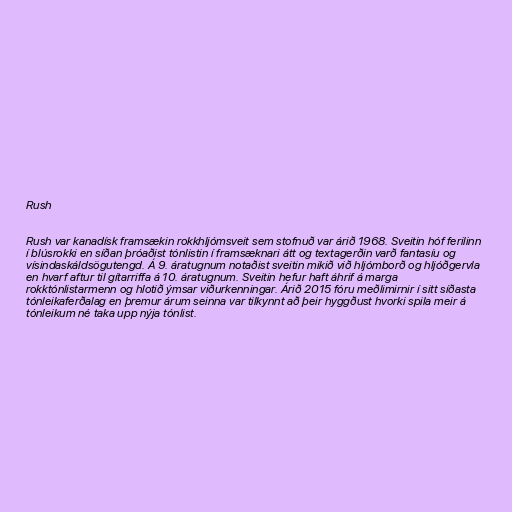
Rush

Rush var kanadísk framsækin rokkhljómsveit sem stofnuð var árið 1968. Sveitin hóf ferilinn
í blúsrokki en síðan þróaðist tónlistin í framsæknari átt og textagerðin varð fantasíu og
vísindaskáldsögutengd. Á 9. áratugnum notaðist sveitin mikið við hljómborð og hljóðgervla
en hvarf aftur til gítarriffa á 10. áratugnum. Sveitin hefur haft áhrif á marga
rokktónlistarmenn og hlotið ýmsar viðurkenningar. Árið 2015 fóru meðlimirnir í sitt síðasta
tónleikaferðalag en þremur árum seinna var tilkynnt að þeir hyggðust hvorki spila meir á
tónleikum né taka upp nýja tónlist.